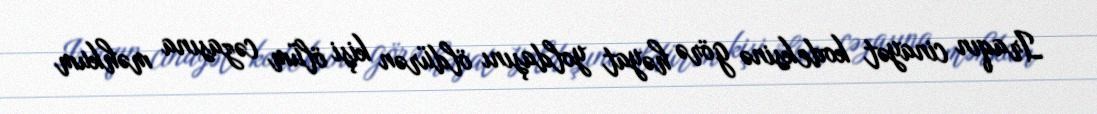
Iraqın cinayət kodeksinə görə həyat yoldaşını öldürən kişi ölüm cəzasına məhkum